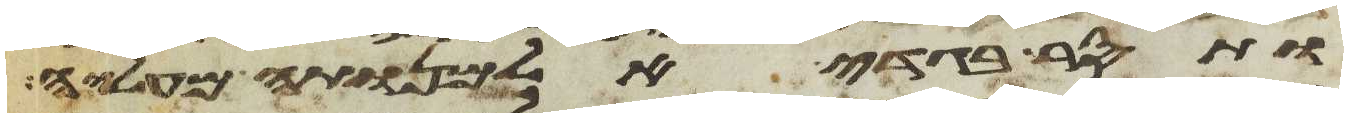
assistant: ותסר בגדי אלמנותה מעליה